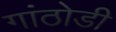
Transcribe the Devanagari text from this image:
गांठोडी